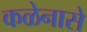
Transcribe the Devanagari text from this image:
कळेनासे